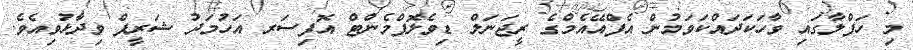
މި ހަފްލާގައި ވާހަކަދައްކަވަމުން އެފްއޭއެމްގެ ރީޖަނަލް ޑިވެލޮޕްމެންޓް އޮފިސަރ އަހުމަދު ޝަރީފް ވިދާޅުވިއެވެ.